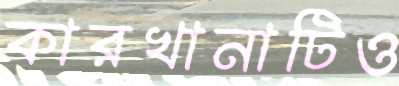
কারখানাটিও